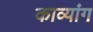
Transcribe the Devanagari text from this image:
काव्यांग